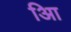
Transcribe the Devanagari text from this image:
आि